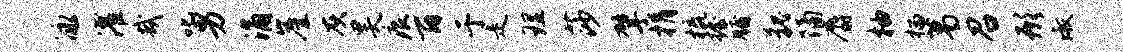
泳濯哉叱男涌崖灰昊痕百于走理莎擘捐梳握牖貌隔麝柚榴葛召形淑